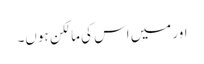
اور میں اس کی مالکن ہوں۔